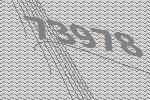
73978